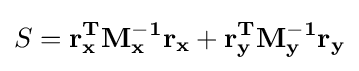
S=\mathbf {r_{x}^{T}M_{x}^{-1}r_{x}+r_{y}^{T}M_{y}^{-1}r_{y}}